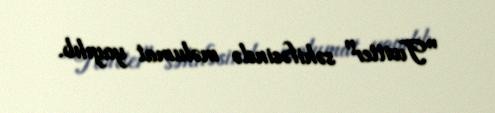
"Twitter" səhifəsində məlumat yayılıb.